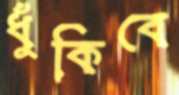
ধুঁকিবে